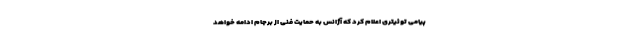
پیامی توئیتری اعلام کرد که آژانس به حمایت فنی از برجام ادامه خواهد